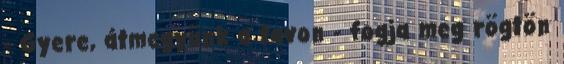
- Gyere, átmegyünk a tavon - fogja meg rögtön